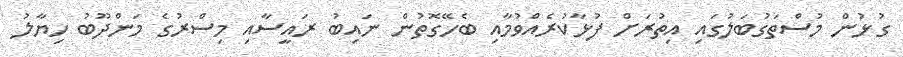
ގުޅުން މުސްތަގުބަލުގައި އިތުރަށް ފުޅާކުރެއްވުމާއި ބެހޭގޮތުން ނައިބު ރައީސާއި މިސްރުގެ މަންދޫބު ހިޔާލު